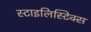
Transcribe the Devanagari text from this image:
स्टाइलिस्टिक्स